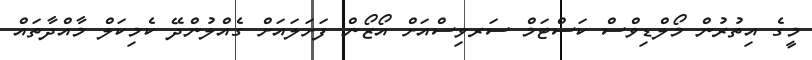
މީގެ އިތުރުން މޯލްޑިވްސް ކަސްޓަމް ސަރވިސްއަށް އޯޒޯން ފަށަލައަށް ގެއްލުންދޭ ކެމިކަލް މާއްދާތައް